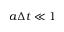
a \Delta t \ll 1